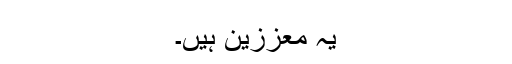
یہ معززین ہیں۔